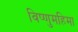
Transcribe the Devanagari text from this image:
विष्णुमहिमा